Annual returns of the Patna Lunatic Asylum at Bankipore in Bihar and Orissa - 1912-1924
Year: 1912
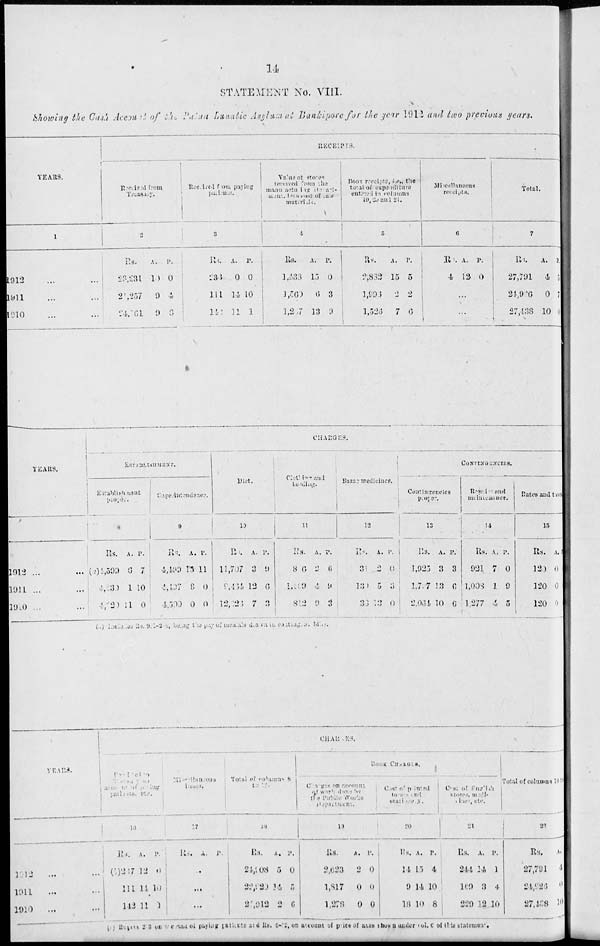
14
STATEMENT No. VIII.
Showing the Cash Account of the Patna Lunatic Asylum at Bankipore for the year 1912 and two previous years.
YEARS.
1
1912 ... ...
1911 ... ...
1910 ... ...
RECEIPTS.
Received
from
Treasury.
2
Rs.
23,231
21,257
24,761
A.
10
9
0
P.
0
4
8
Received from paying
patients.
3
Rs.
238
111
144
A.
0
14
11
P.
0
10
1
Value of stores
received from the
manufacturing Depart-
ment, less cost of raw
materials.
4
Rs.
1,433
1,560
1,287
A.
15
6
13
P.
0
3
9
Book receipts, i.e., the
total of expenditure
entered in columns
19, 20 and
21.
5
Rs.
2,832
1,993
1,526
A.
15
2
7
P.
5
2
6
Miscellaneous
receipts.
6
Rs.
4
A.
12
P.
0
...
...
Total.
7
Rs.
27,791
24,926
27,438
A.
4
0
10
P.
5
7
0
YEARS.
1912 ... ...
1911 ... ...
1910 ... ...
CHARGES.
ESTABLISHMENT.
Establishment
proper.
8
Rs.
(a)4,599
4,030
4,220
A.
6
1
11
P.
7
10
0
Superintendence.
9
Rs.
4,499
4,407
4,500
A.
13
8
0
P.
11
0
0
Diet.
10
Rs.
11,707
9,434
12,326
A.
3
12
7
P.
9
6
3
Clothing and
bedding.
11
Rs.
816
1,109
812
A.
2
4
9
P.
6
9
3
Bazar medicines.
12
Rs.
31
130
33
A.
2
5
13
P.
0
3
0
CONTINGENCIES.
Contingencies
proper.
13
Rs.
1,925
1,797
2,064
A.
3
13
10
P.
3
6
6
Repairs and
maintenance.
14
Rs.
921
1,908
1,277
A.
7
1
4
P.
0
9
5
Rates and taxes
15
Rs.
120
120
120
A.
0
0
0
(a) Includes Rs. 911-2-8, being the pay of mentals d.a va in coating at bihar.
YEARS.
1912 ... ...
1911 ... ...
1910 ... ...
CHARGES.
Patients to
Treasury on
account of paying
patients etc.
16
Rs.
(b)267
111
142
A.
12
14
11
P.
0
10
1
Miscellaneous
items.
17
Rs. A. P.
...
...
...
Total of columns 8
to 17.
18
Rs.
24,908
22,220
23,912
A.
5
14
2
P.
0
5
6
BOOK CHARGES.
Charges on account
of
work
done by
the Public Works
Department.
19
Rs.
2,623
1,817
1,278
A.
2
0
0
P.
0
0
0
Cost of printed
terms
and
stationery.
20
Rs.
14
9
18
A.
15
14
10
P.
4
10
8
Cost of English
stores, medi-
cines,
etc.
21
Rs.
244
169
229
A.
14
3
12
P.
1
4
10
Total of columns 18 to
22
Rs.
27,791
24,926
27,438
A.
4
0
10
(b) Rupees 233 on account of paying patients and Rs. 4-12, on account of price of axes shown under col. e of this statement.